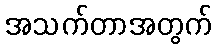
အသက်တာအတွက်